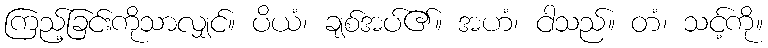
ကြည့်ခြင်းကိုသာလျှင်။ ပိယံ၊ ချစ်အပ်၏။ အဟံ၊ ငါသည်။ တံ၊ သင့်ကို။